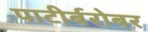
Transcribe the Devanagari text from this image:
पाटीर्बरोबर